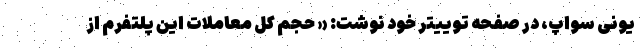
یونی سواپ، در صفحه توییتر خود نوشت: « حجم کل معاملات این پلتفرم از